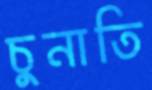
চুনাতি